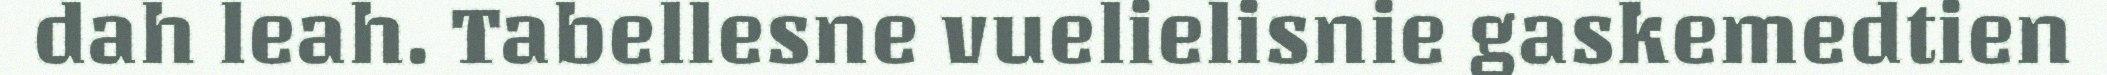
dah leah. Tabellesne vuelielisnie gaskemedtien